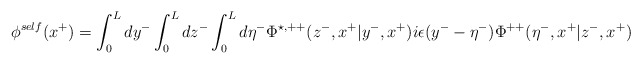
\begin{align*}{\phi}^{self}(x^{+}) =\int_0^L dy^{-} \int_0^L dz^{-} \int_0^L d{\eta}^{-}{\Phi}^{\star,++}(z^{-},x^{+}|y^{-},x^{+})i{\epsilon}(y^{-} - {\eta}^{-}) {\Phi}^{++}({\eta}^{-},x^{+}|z^{-},x^{+})\end{align*}